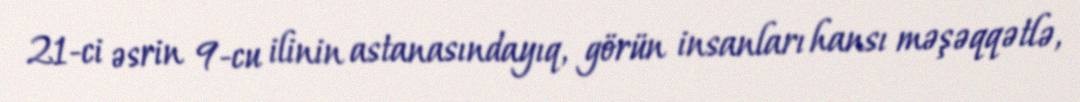
21-ci əsrin 9-cu ilinin astanasındayıq, görün insanları hansı məşəqqətlə,